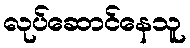
လုပ်ဆောင်နေသူ